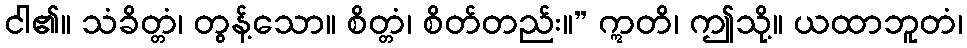
ငါ၏။ သံခိတ္တံ၊ တွန့်သော။ စိတ္တံ၊ စိတ်တည်း။” ဣတိ၊ ဤသို့။ ယထာဘူတံ၊